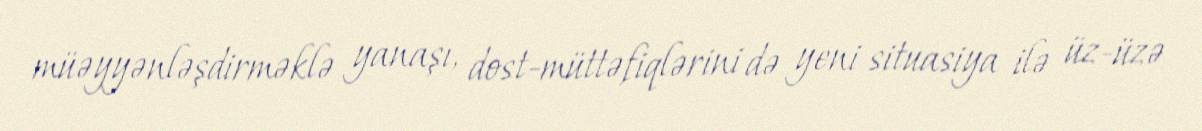
müəyyənləşdirməklə yanaşı, dost-müttəfiqlərini də yeni situasiya ilə üz-üzə